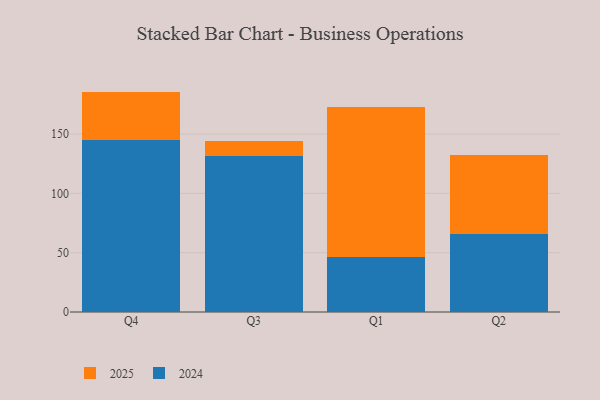
{"axis": {"x": "Quarter", "y": "Latency (ms)"}, "legend": ["2024", "2025"], "data": [{"x": "Q4", "y": 40.6, "type": "2025"}, {"x": "Q4", "y": 145.2, "type": "2024"}, {"x": "Q3", "y": 13.0, "type": "2025"}, {"x": "Q3", "y": 131.1, "type": "2024"}, {"x": "Q1", "y": 126.8, "type": "2025"}, {"x": "Q1", "y": 46.4, "type": "2024"}, {"x": "Q2", "y": 67.2, "type": "2025"}, {"x": "Q2", "y": 65.5, "type": "2024"}]}